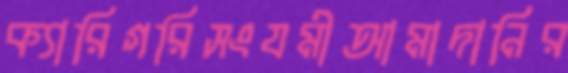
ক্যারিগরিসংযমীআমাদানির